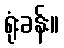
ရုံးခန်း။